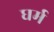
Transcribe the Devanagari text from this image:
घर्म